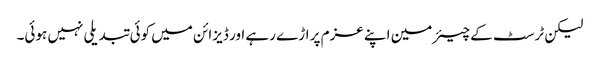
لیکن ٹرسٹ کے چیئرمین اپنے عزم پر اڑے رہے اور ڈیزائن میں کوئی تبدیلی نہیں ہوئی۔